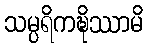
သမ္ပရိကဍ္ဎိဿာမိ